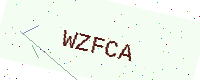
Text: WZFCA